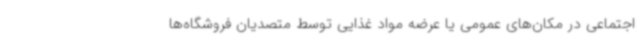
اجتماعی در مکان‌های عمومی یا عرضه مواد غذایی توسط متصدیان فروشگاه‌ها